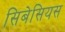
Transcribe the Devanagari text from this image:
सिबेसियस